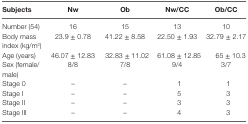
| Subjects | Nw | Ob | Nw/CC | Ob/CC |
 | --- | --- | --- | --- | --- |
 | Number (54) | 16 | 15 | 13 | 10 |
 | Body mass index (kg/m2) | 23.9 ± 0.78 | 41.22 ± 8.58 | 22.50 ± 1.93 | 32.79 ± 2.17 |
 | Age (years) | 46.07 ± 12.83 | 32.83 ± 11.02 | 61.08 ± 12.85 | 65 ± 10.3 |
 | Sex (female/male) | 8/8 | 7/8 | 9/4 | 3/7 |
 | Stage 0 | – | – | 1 | 1 |
 | Stage I | – | – | 5 | 3 |
 | Stage II | – | – | 3 | 3 |
 | Stage III | – | – | 4 | 3 |